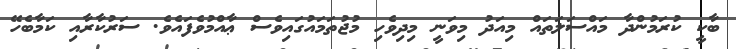
ބާކީ ކުރަމުންދާ މައްސަލަތައް މިއަދު މިވަނީ މިދިވެހި މުޖުތަމައުގައިވެސް ޢާއްމުވެފައެވެ. ސަރުކާރާއި ކަމާބެހޭ